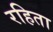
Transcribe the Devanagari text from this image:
रहिता